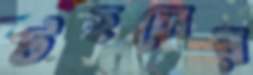
টহলের